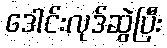
ဒေါင်းလုဒ်ဆွဲပြီး